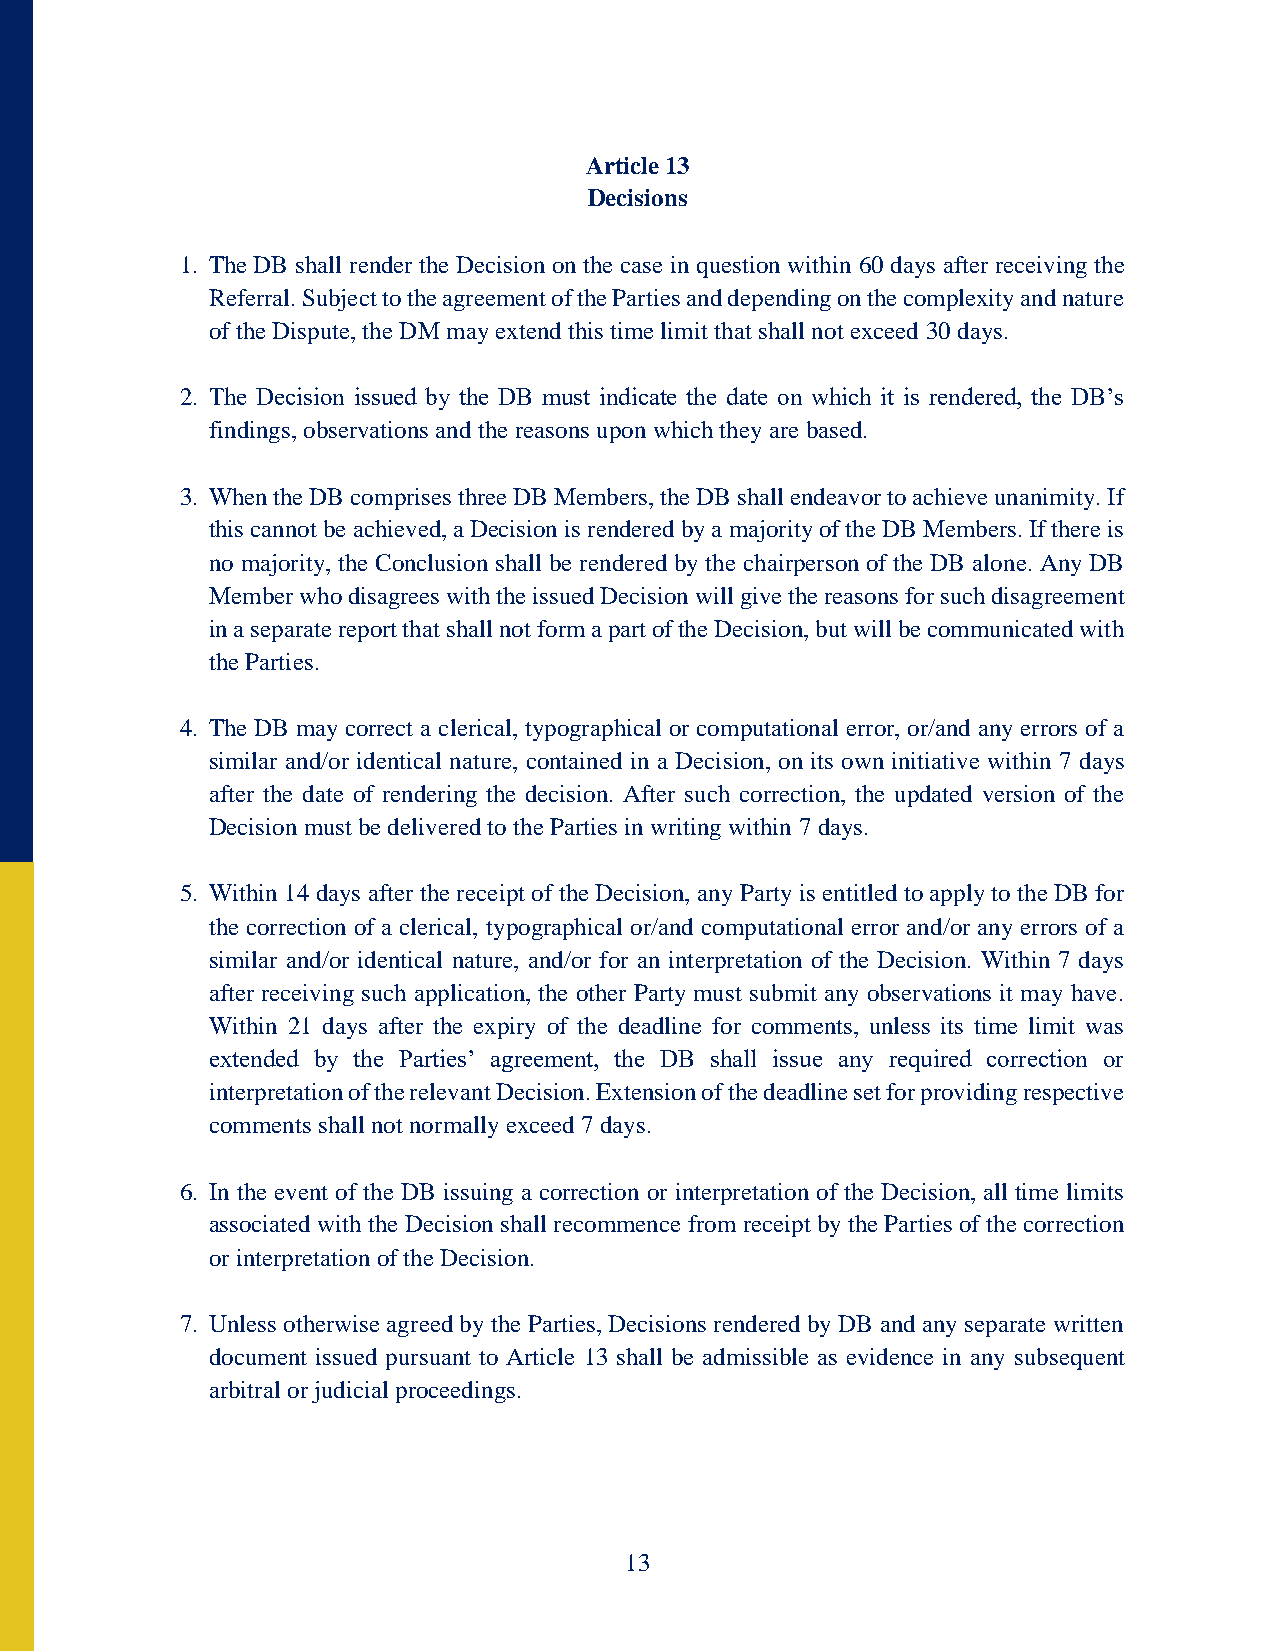
Article 13
 Decisions
 1. The DB shall render the Decision on the case in question within 60 days after receiving the
 Referral. Subject to the agreement of the Parties and depending on the complexity and nature
 of the Dispute, the DM may extend this time limit that shall not exceed 30 days.
 2. The Decision issued by the DB must indicate the date on which it is rendered, the DB’s
 findings, observations and the reasons upon which they are based.
 3. When the DB comprises three DB Members, the DB shall endeavor to achieve unanimity. If
 this cannot be achieved, a Decision is rendered by a majority of the DB Members. If there is
 no majority, the Conclusion shall be rendered by the chairperson of the DB alone. Any DB
 Member who disagrees with the issued Decision will give the reasons for such disagreement
 in a separate report that shall not form a part of the Decision, but will be communicated with
 the Parties.
 4. The DB may correct a clerical, typographical or computational error, or/and any errors of a
 similar and/or identical nature, contained in a Decision, on its own initiative within 7 days
 after the date of rendering the decision. After such correction, the updated version of the
 Decision must be delivered to the Parties in writing within 7 days.
 5. Within 14 days after the receipt of the Decision, any Party is entitled to apply to the DB for
 the correction of a clerical, typographical or/and computational error and/or any errors of a
 similar and/or identical nature, and/or for an interpretation of the Decision. Within 7 days
 after receiving such application, the other Party must submit any observations it may have.
 Within 21 days after the expiry of the deadline for comments, unless its time limit was
 extended by the Parties’ agreement, the DB shall issue any required correction or
 interpretation of the relevant Decision. Extension of the deadline set for providing respective
 comments shall not normally exceed 7 days.
 6. In the event of the DB issuing a correction or interpretation of the Decision, all time limits
 associated with the Decision shall recommence from receipt by the Parties of the correction
 or interpretation of the Decision.
 7. Unless otherwise agreed by the Parties, Decisions rendered by DB and any separate written
 document issued pursuant to Article 13 shall be admissible as evidence in any subsequent
 arbitral or judicial proceedings.
 13